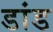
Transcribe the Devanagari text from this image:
डांड